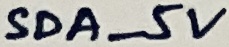
Text: SDA_5V